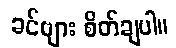
ခင်ဗျား စိတ်ချပါ။